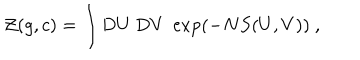
LaTeX: { \cal Z } ( g , c ) = \int \mathrm { D } U \; \mathrm { D } V \; \exp \left( - N S ( U , V ) \right) \ ,